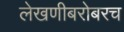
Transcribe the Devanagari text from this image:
लेखणीबरोबरच